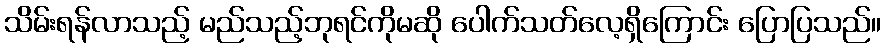
သိမ်းရန်လာသည့် မည်သည့်ဘုရင်ကိုမဆို ပေါက်သတ်လေ့ရှိကြောင်း ပြောပြသည်။